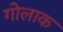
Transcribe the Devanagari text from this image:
गोलाक